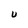
Character: U